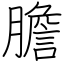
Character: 膽